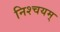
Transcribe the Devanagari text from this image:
निश्चयम्